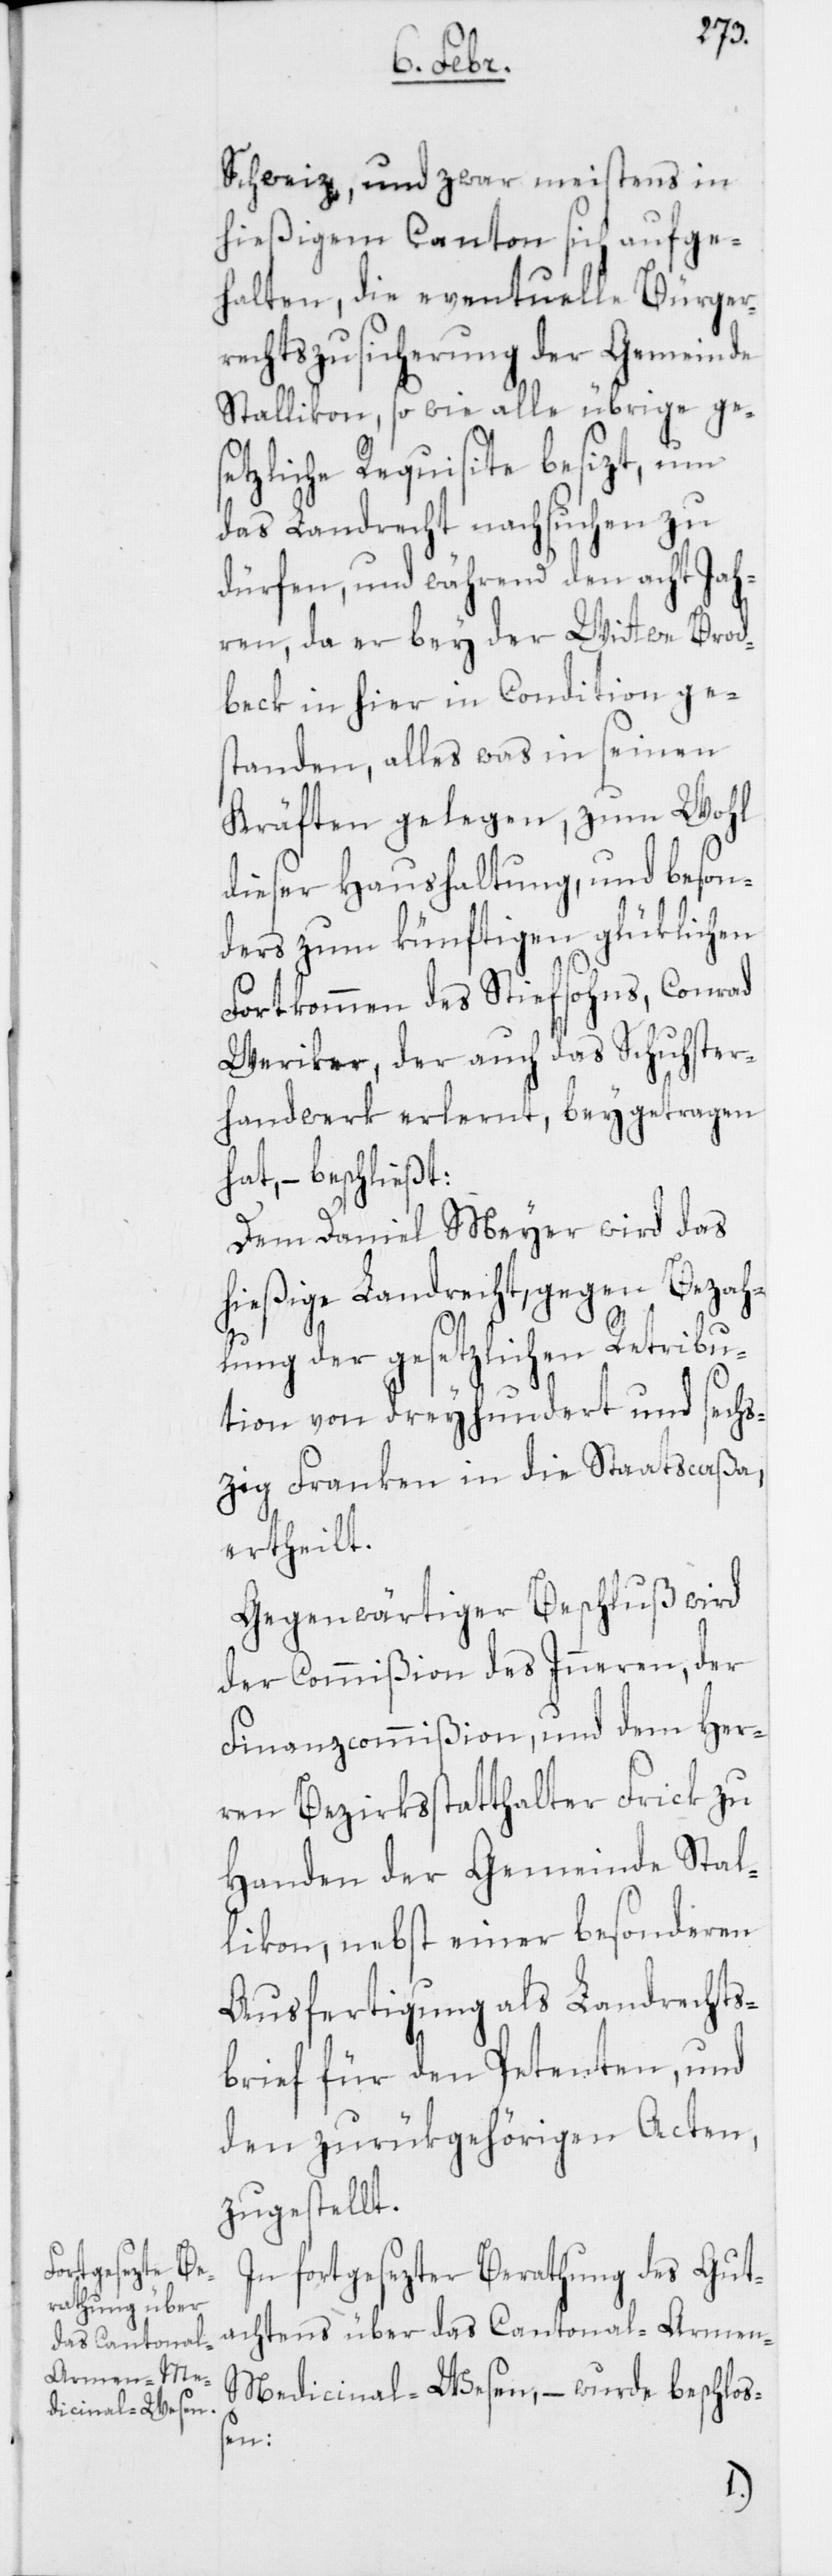
Schweiz, und zwar meistens in
hießigem Canton sich aufge¬
halten, die eventuelle Bürger¬
rechtszusicherung der Gemeinde
Stallikon, so wie alle übrige ges¬
etzliche Requisite besizt, um
das Landrecht nachsuchen zu
dürfen, und während den acht Jah¬
ren, da er bey der Wittwe Brod¬
beck in hier in Condition ges¬
tanden, alles was in seinen
Kräften gelegen, zum Wohl
dieser Haushaltung, und beson¬
ders zum künftigen glüklichen
Fortkommen des Stiefsohns, Conrad
Weriker, der auch das Schuhster¬
handwerk erlernt, beygetragen
hat, – beschließt:
Dem Daniel Meyer wird das
hießige Landrecht, gegen Bezahl¬
ung der gesetzlichen Retribu¬
tion von dreyhundert und sechs¬
zig Franken in die Staatscaßa,
ertheilt.
Gegenwärtiger Beschluß wird
der Commißion des Inneren, der
Finanzcommißion, und dem Her¬
ren Bezirksstatthalter Frick zu
Handen der Gemeinde Stal¬
likon, nebst einer besonderen
Ausfertigung als Landrechts¬
brief für den Petenten, und
den zurükgehörigen Acten,
zugestellt.
In fortgesezter Berathung des Gut¬
achtens über das Cantonal-Armen-M¬
edicinal-Wesen, – wurde beschloß¬
en: